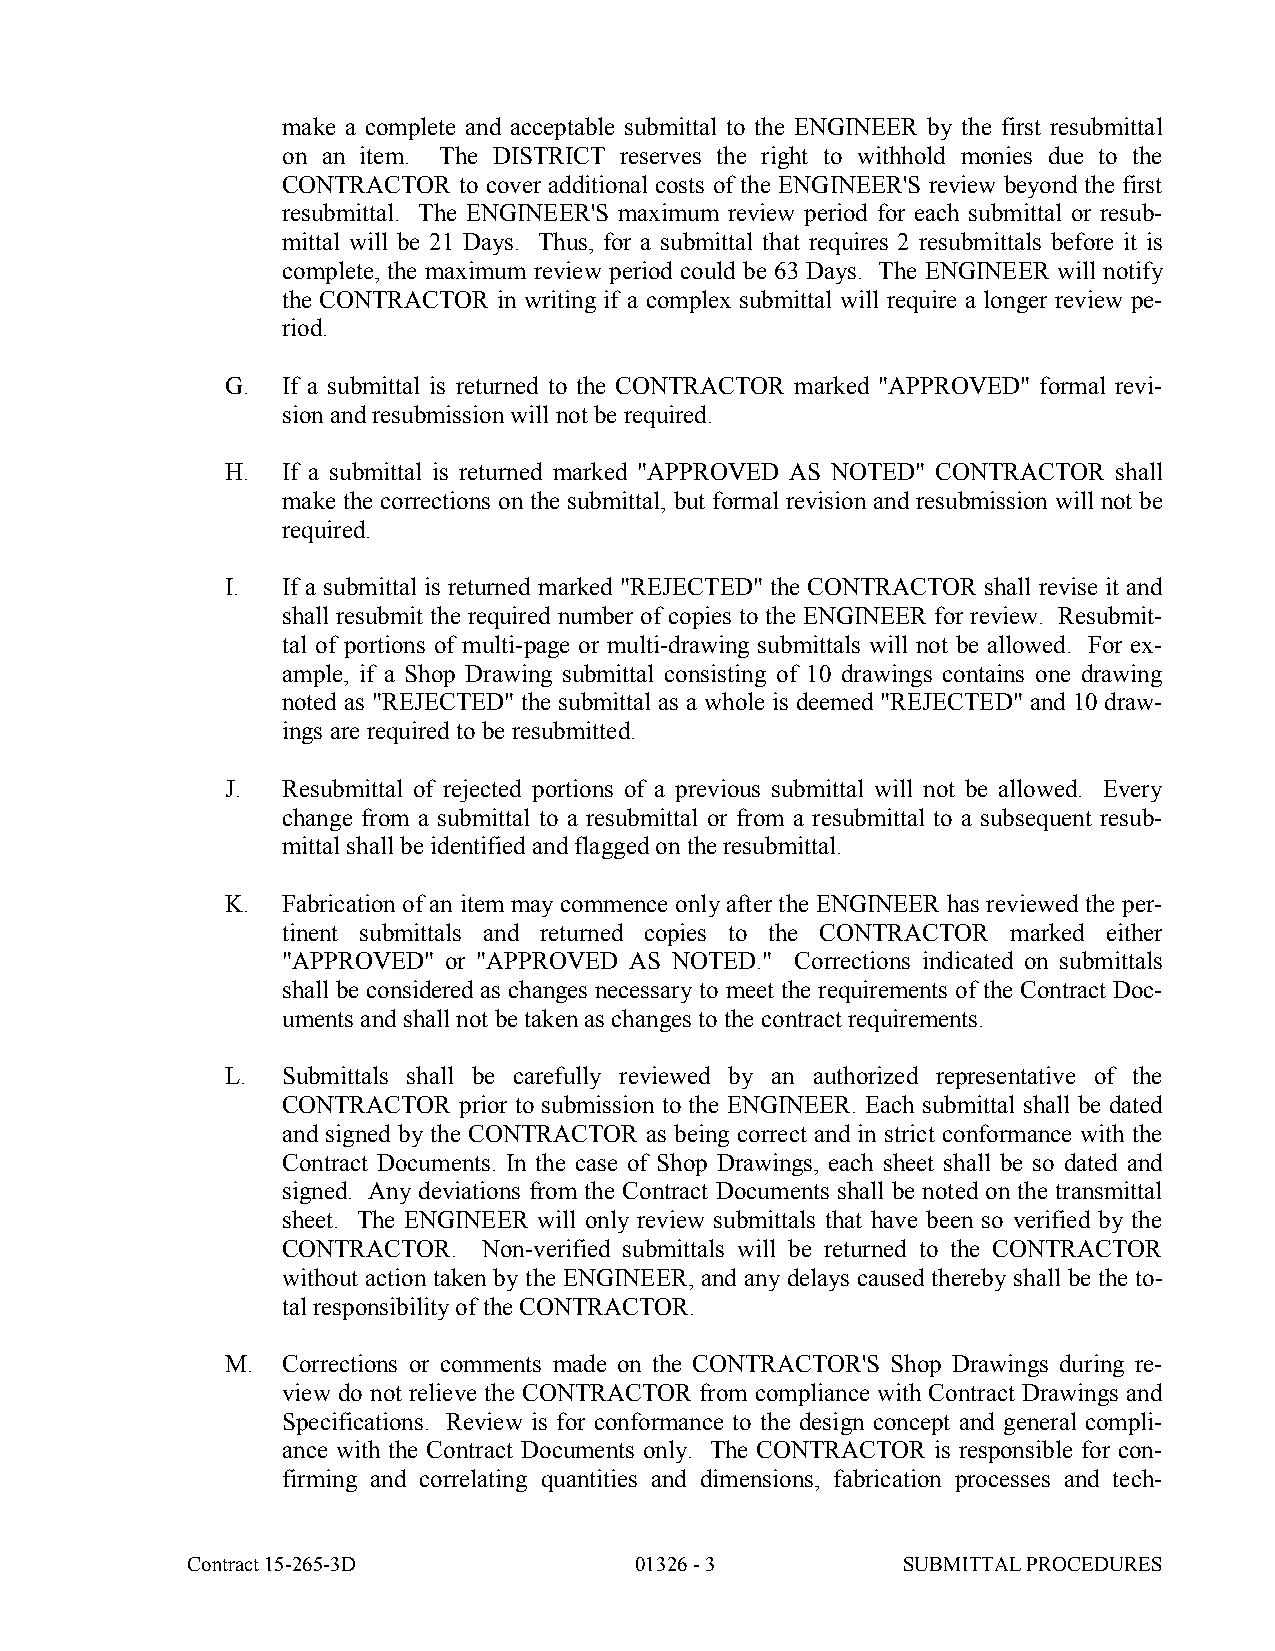
make a complete and acceptable submittal to the ENGINEER by the first resubmittal
 on an item. The DISTRICT reserves the right to withhold monies due to the
 CONTRACTOR to cover additional costs of the ENGINEER'S review beyond the first
 resubmittal. The ENGINEER'S maximum review period for each submittal or resub-
 mittal will be 21 Days. Thus, for a submittal that requires 2 resubmittals before it is
 complete, the maximum review period could be 63 Days. The ENGINEER will notify
 the CONTRACTOR in writing if a complex submittal will require a longer review pe-
 riod.
 G.  If a submittal is returned to the CONTRACTOR marked "APPROVED" formal revi-
 sion and resubmission will not be required.
 H.  If a submittal is returned marked "APPROVED AS NOTED" CONTRACTOR shall
 make the corrections on the submittal, but formal revision and resubmission will not be
 required.
 I.  If a submittal is returned marked "REJECTED" the CONTRACTOR shall revise it and
 shall resubmit the required number of copies to the ENGINEER for review. Resubmit-
 tal of portions of multi-page or multi-drawing submittals will not be allowed. For ex-
 ample, if a Shop Drawing submittal consisting of 10 drawings contains one drawing
 noted as "REJECTED" the submittal as a whole is deemed "REJECTED" and 10 draw-
 ings are required to be resubmitted.
 J.  Resubmittal of rejected portions of a previous submittal will not be allowed. Every
 change from a submittal to a resubmittal or from a resubmittal to a subsequent resub-
 mittal shall be identified and flagged on the resubmittal.
 K.  Fabrication of an item may commence only after the ENGINEER has reviewed the per-
 tinent submittals and returned copies to the CONTRACTOR marked either
 "APPROVED" or "APPROVED AS NOTED." Corrections indicated on submittals
 shall be considered as changes necessary to meet the requirements of the Contract Doc-
 uments and shall not be taken as changes to the contract requirements.
 L.  Submittals shall be carefully reviewed by an authorized representative of the
 CONTRACTOR prior to submission to the ENGINEER. Each submittal shall be dated
 and signed by the CONTRACTOR as being correct and in strict conformance with the
 Contract Documents. In the case of Shop Drawings, each sheet shall be so dated and
 signed. Any deviations from the Contract Documents shall be noted on the transmittal
 sheet. The ENGINEER will only review submittals that have been so verified by the
 CONTRACTOR.  Non-verified submittals will be returned to the CONTRACTOR
 without action taken by the ENGINEER, and any delays caused thereby shall be the to-
 tal responsibility of the CONTRACTOR.
 M.  Corrections or comments made on the CONTRACTOR'S Shop Drawings during re-
 view do not relieve the CONTRACTOR from compliance with Contract Drawings and
 Specifications. Review is for conformance to the design concept and general compli-
 ance with the Contract Documents only. The CONTRACTOR is responsible for con-
 firming and correlating quantities and dimensions, fabrication processes and tech-
 Contract 15-265-3D            01326 - 3         SUBMITTAL PROCEDURES